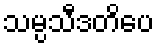
သမ္ပသီဒတိပေ